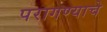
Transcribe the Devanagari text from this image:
परागण्याचे